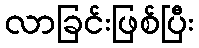
လာခြင်းဖြစ်ပြီး